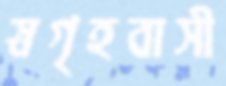
স্বগৃহবাসী